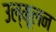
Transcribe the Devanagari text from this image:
उल्मूलन